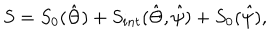
S = S _ { 0 } ( \hat { \Theta } ) + S _ { i n t } ( \hat { \Theta } , \hat { \psi } ) + S _ { 0 } ( \hat { \psi } ) ,